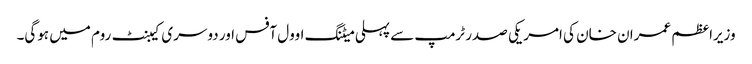
وزیراعظم عمران خان کی امریکی صدر ٹرمپ سے پہلی میٹنگ اوول آفس اور دوسری کیبنٹ روم میں ہوگی۔